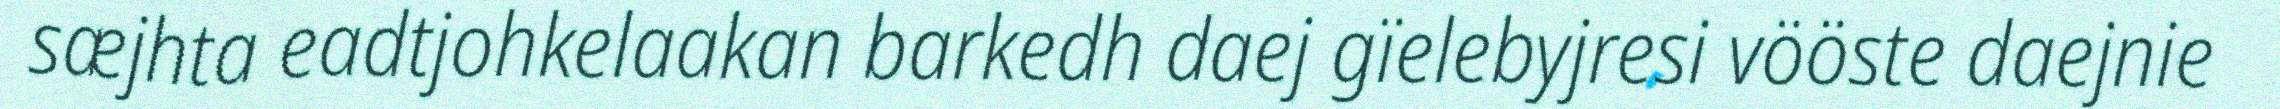
sæjhta eadtjohkelaakan barkedh daej gïelebyjresi vööste daejnie